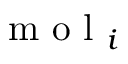
\mathrm { ~ m ~ o ~ l ~ } _ { i }